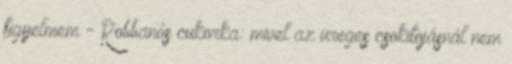
figyelmem - Robbanós cukorka: mivel az üreges csokitojásnál nem